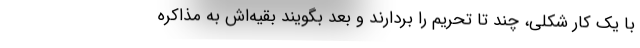
با یک کار شکلی، چند تا تحریم را بردارند و بعد بگویند بقیه‌اش به مذاکره